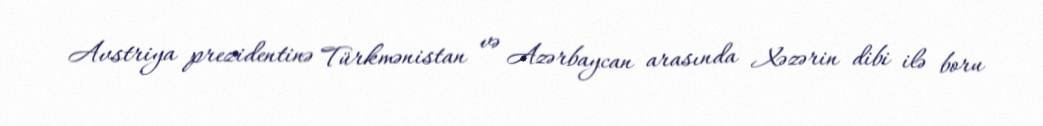
Avstriya prezidentinə Türkmənistan və Azərbaycan arasında Xəzərin dibi ilə boru